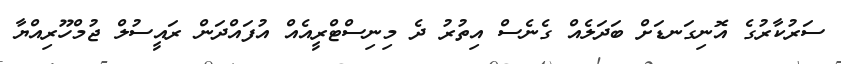
ސަރުކާރުގެ އޮނިގަނޑަށް ބަދަލެއް ގެނެސް އިތުރު ދެ މިނިސްޓްރީއެއް އުފައްދަން ރައީސުލް ޖުމްހޫރިއްޔާ